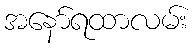
အနော်ရထာလမ်း